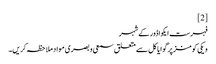
[2]
فہرست ایکواڈور کے شہر
ویکی کومنز پر گوایاکل سے متعلق سمعی و بصری مواد ملاحظہ کریں۔